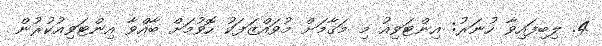
4. ލިބިފައިވާ ހުނަރު: އިންޓަވިއު މި މަޤާމަށް މުވައްޒަފަކު ހޮވުމަށް ބާއްވާ އިންޓަވިއުކުރުން